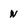
Character: w